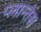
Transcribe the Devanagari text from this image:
प्लान्तेस